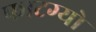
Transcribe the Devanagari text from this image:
फाटग्यो